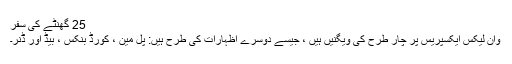
25 گھنٹے کی سفر
وان لیکس ایکسپریس پر چار طرح کی ویگنیں ہیں ، جیسے دوسرے اظہارات کی طرح ہیں: پل مین ، کورڈ بنکس ، بیڈ اور ڈنر۔